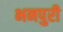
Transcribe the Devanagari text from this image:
भनपुरी